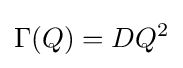
\Gamma (Q)=DQ^{2}